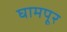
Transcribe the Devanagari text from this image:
घामपूर